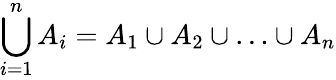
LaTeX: \bigcup_{i=1}^{n}A_{i}=A_{1}\cup A_{2}\cup\ldots\cup A_{n}